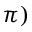
\pi )